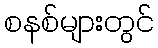
စနစ်များတွင်